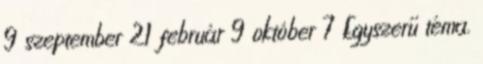
9 szeptember 21 február 9 október 7 Egyszerű téma.